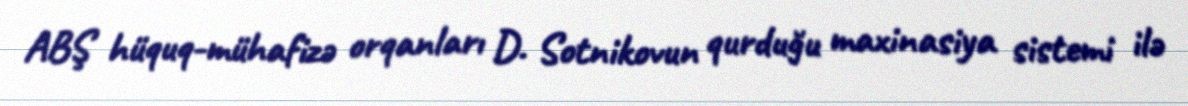
ABŞ hüquq-mühafizə orqanları D. Sotnikovun qurduğu maxinasiya sistemi ilə